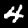
Label: 4